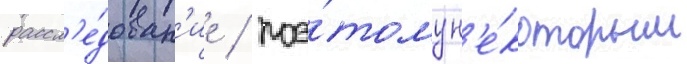
рассл'е́дован'ие / поэ́тому н'е́которым